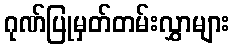
ဂုဏ်ပြုမှတ်တမ်းလွှာများ